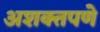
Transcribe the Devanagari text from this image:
अशक्तपणे